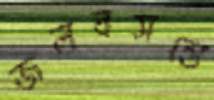
জলবসন্তে